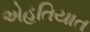
એહતિયાત